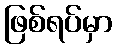
ဖြစ်ရပ်မှာ